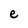
Character: e